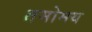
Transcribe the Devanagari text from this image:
तमोमय